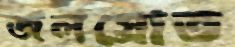
জলস্রোত